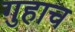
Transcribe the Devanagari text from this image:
गुहाच